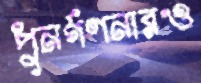
পুনর্গণনারও